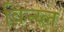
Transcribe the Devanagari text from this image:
विन्य्ल